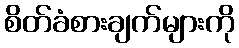
စိတ်ခံစားချက်များကို